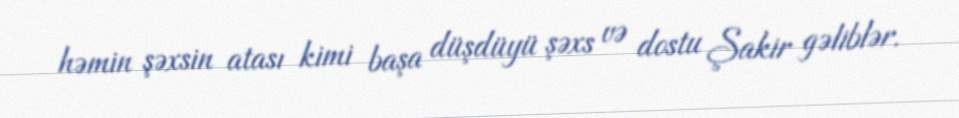
həmin şəxsin atası kimi başa düşdüyü şəxs və dostu Şakir gəliblər.